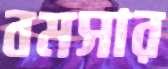
বমসার